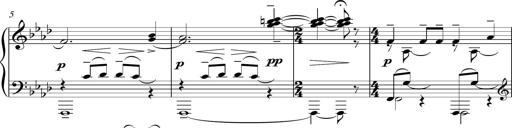
Title: Sonatina del HuÃ©car
Composer: JosÃ© Miguel Moreno Sabio